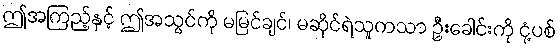
ဤအကြည့်နှင့် ဤအသွင်ကို မမြင်ချင်၊ မဆိုင်ရဲသူကသာ ဦးခေါင်းကို ငုံ့ပစ်